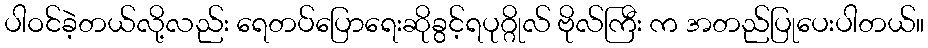
ပါဝင်ခဲ့တယ်လို့လည်း ရေတပ်ပြောရေးဆိုခွင့်ရပုဂ္ဂိုလ် ဗိုလ်ကြီး က အတည်ပြုပေးပါတယ်။